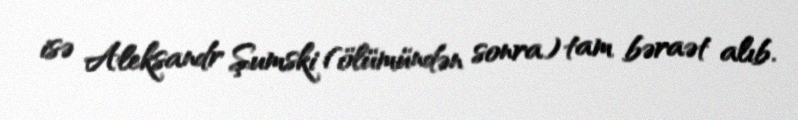
isə Aleksandr Şumski (ölümündən sonra) tam bəraət alıb.